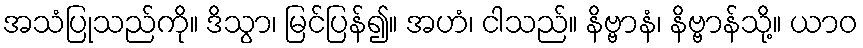
အသံပြုသည်ကို။ ဒိသွာ၊ မြင်ပြန်၍။ အဟံ၊ ငါသည်။ နိဗ္ဗာနံ၊ နိဗ္ဗာန်သို့။ ယာဝ